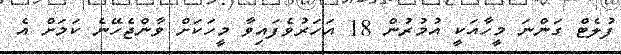
ފުލެޓް ގަންނަ މީހާއަކީ އުމުރުން 18 އަހަރުވެފައިވާ މީހަކަށް ވާންޖެހޭނެ ކަމަށް އެ